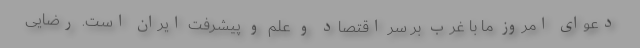
دعوای امروز ما با غرب بر سر اقتصاد و علم و پیشرفت ایران است. رضایی